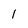
Character: 1